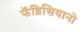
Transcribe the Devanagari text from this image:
फॅब्रिसियानो